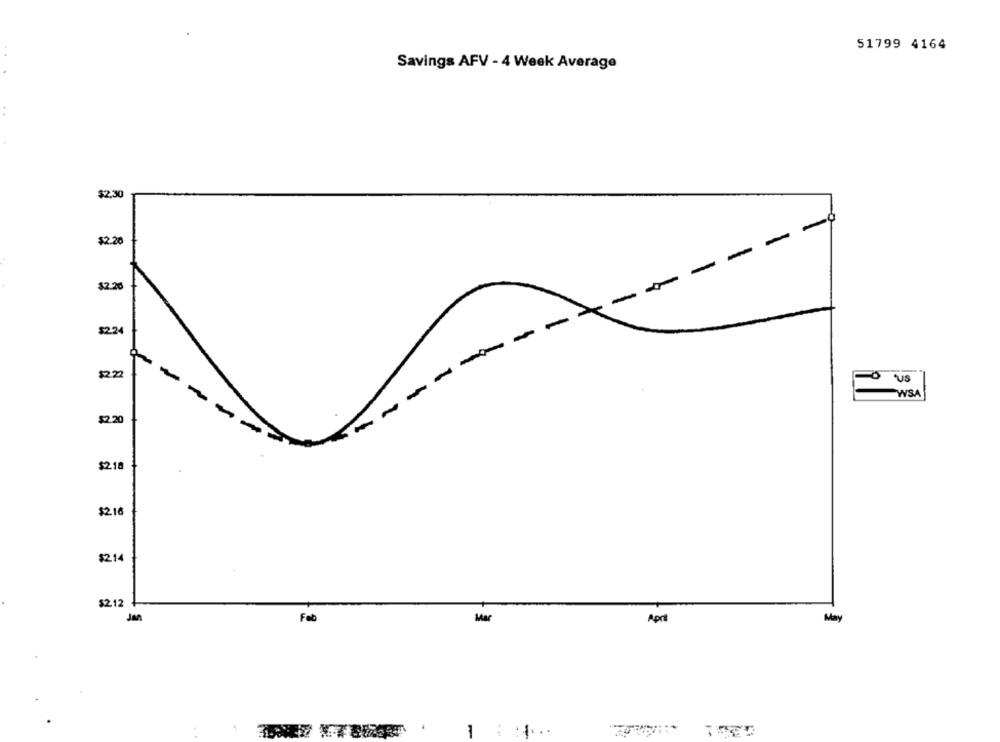
51799 4164
Savings AFV - 4 Week Average
$2,30
-
$2.20
-
-
$2.26
-
$224
-
-
-
8222
-
WSA
-
-
-
$2.20
-
$2.18
$2.16
$214
$212
Jan
Feb
Mar
April
May
.....